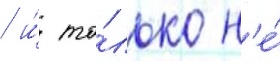
/ и́ то́лько н'е́